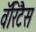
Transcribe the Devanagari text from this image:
वॅरिटैस